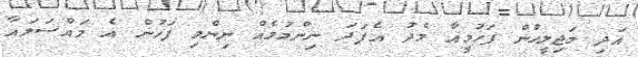
އަދި މަޖިލީހުން ފަހުމީއާ މެދު އެފަދަ ނިންމުމެއް ނިންމި ފަހުން އެ މައްސަލައާ